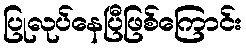
ပြုလုပ်နေပြီဖြစ်ကြောင်း